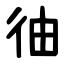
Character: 㣙